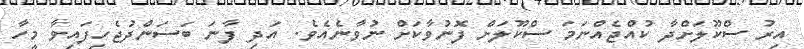
އިރު ސްކޫލަށްދާ ކުއްޖެއްނަމަ ސްކޫލަށް ފޮނުވާކަށް ނުވާނެއެވެ. އަދި ފާނަ ބަސަންދުޖެހިފައިވާ މީހާ